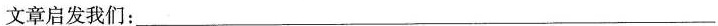
文章启发我们:___